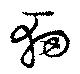
軔